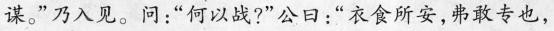
谋。”乃入见。问：“何以战?” 公日：“衣食所安，弗敢专也，